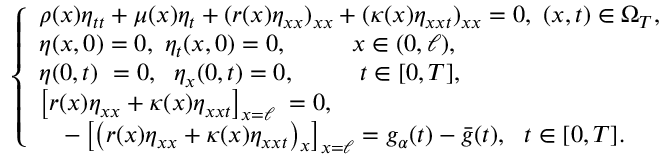
\begin{array} { r } { \left\{ \begin{array} { l c } { \rho ( x ) \eta _ { t t } + \mu ( x ) \eta _ { t } + ( r ( x ) \eta _ { x x } ) _ { x x } + ( \kappa ( x ) \eta _ { x x t } ) _ { x x } = 0 , ~ ( x , t ) \in \Omega _ { T } , } \\ { \eta ( x , 0 ) = 0 , ~ \eta _ { t } ( x , 0 ) = 0 , ~ \qquad \; x \in ( 0 , \ell ) , } \\ { \eta ( 0 , t ) \ = 0 , ~ \; \eta _ { x } ( 0 , t ) = 0 , ~ \qquad \; t \in [ 0 , T ] , } \\ { \left[ r ( x ) \eta _ { x x } + \kappa ( x ) \eta _ { x x t } \right] _ { x = \ell } \; = 0 , } \\ { \quad - \left[ \big ( r ( x ) \eta _ { x x } + \kappa ( x ) \eta _ { x x t } \big ) _ { x } \right] _ { x = \ell } = g _ { \alpha } ( t ) - \bar { g } ( t ) , \ \ t \in [ 0 , T ] . } \end{array} \right. } \end{array}